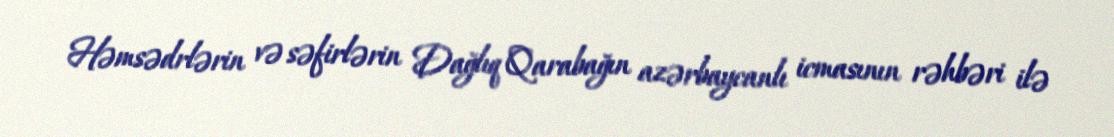
Həmsədrlərin və səfirlərin Dağlıq Qarabağın azərbaycanlı icmasının rəhbəri ilə